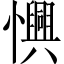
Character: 𢤽